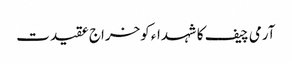
آرمی چیف کا شہداء کوخراج عقیدت